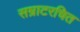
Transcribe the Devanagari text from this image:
सम्राटरचित